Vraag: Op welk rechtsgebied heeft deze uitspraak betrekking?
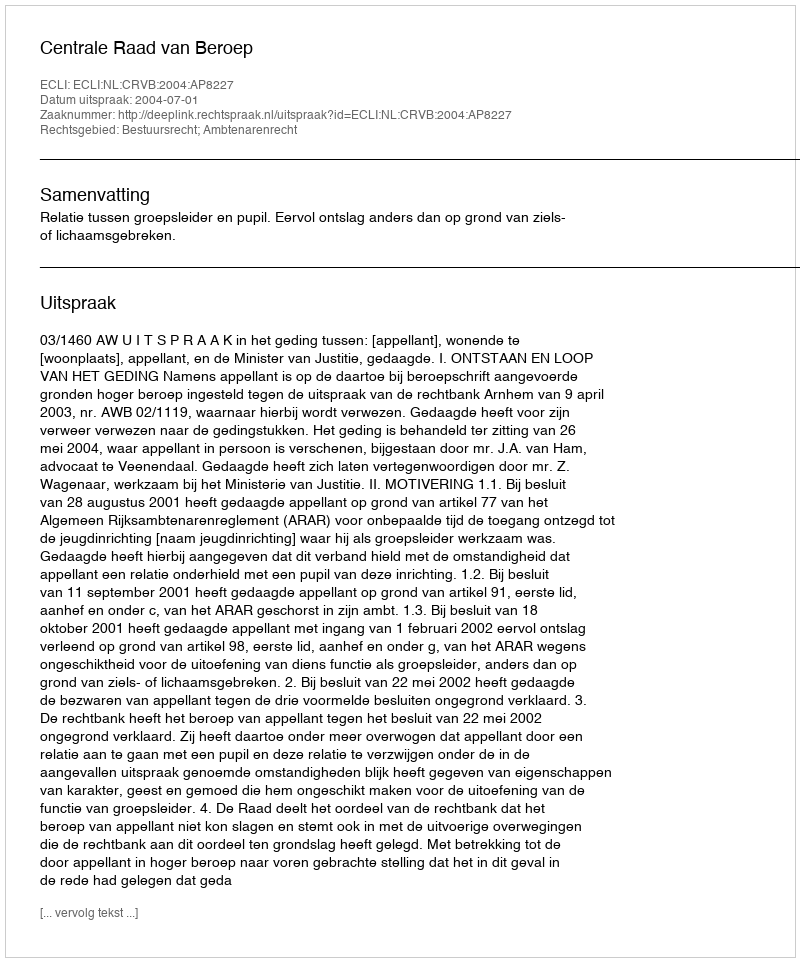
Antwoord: Bestuursrecht; Ambtenarenrecht